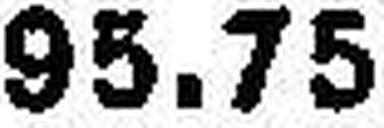
95.75